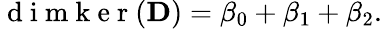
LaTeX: \begin{array}{r}{\mathrm{~d~i~m~k~e~r~}({\mathbf D})=\beta_{0}+\beta_{1}+\beta_{2}.}\end{array}